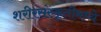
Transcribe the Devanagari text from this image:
शरीरसंस्कृतीमध्ये